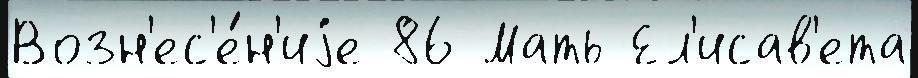
Возн'ес'е́н'иjе 86 Мать Ел'исав'ета